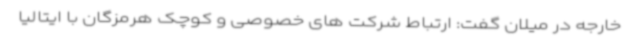
خارجه در میلان گفت: ارتباط شرکت های خصوصی و کوچک هرمزگان با ایتالیا